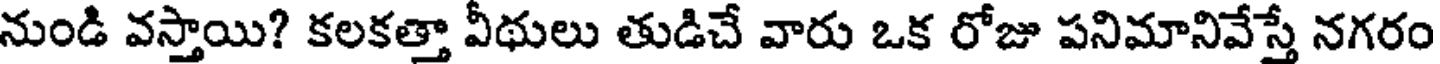
నుండి వస్తాయి? కలకత్తా వీథులు తుడిచే వారు ఒక రోజు పనిమానివేస్తే నగరం